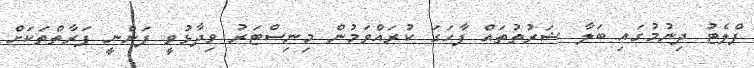
ފްލެޓު ދިނުމުގައި ބަލާ ޝަރުތުތައް ފާހަގަ ކުރައްވަމުން މިނިސްޓަރު ވިދާޅުވީ ފަންނީ ފަރާތްތަކަށް